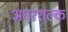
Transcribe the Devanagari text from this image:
अधरशल्क